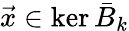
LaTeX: \vec{x}\in\ker\bar{B}_{k}